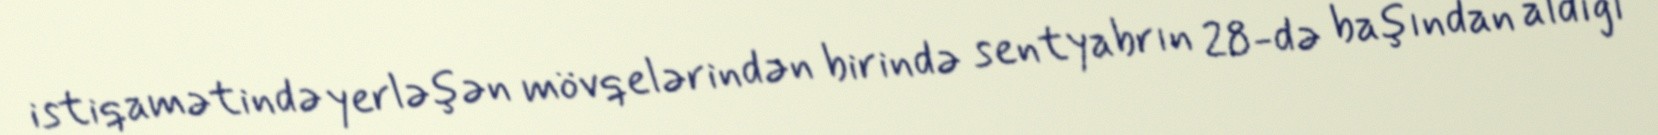
istiqamətində yerləşən mövqelərindən birində sentyabrın 28-də başından aldığı